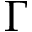
\Gamma